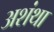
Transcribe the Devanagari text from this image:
अशंथा